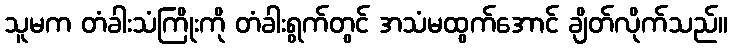
သူမက တံခါးသံကြိုးကို တံခါးရွက်တွင် အသံမထွက်အောင် ချိတ်လိုက်သည်။